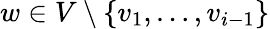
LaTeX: w\in V\setminus\{ v_{1},\dots,v_{i-1}\}